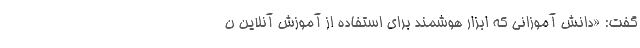
گفت: «دانش آموزانی که ابزار هوشمند برای استفاده از آموزش آنلاین ن